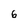
Character: 6